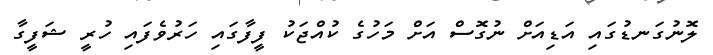
ލޮނުގަނޑުގައި އަޑިއަށް ނުގޮސް އަށް މަހުގެ ކުއްޖަކު ފީފާގައި ހަރުވެފައި ހުރީ ޝަފީގާ